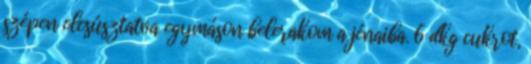
szépen elcsúsztatva egymáson belerakom a jénaiba. 6 dkg cukrot,